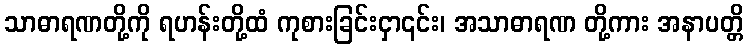
သာဓာရဏတို့ကို ရဟန်းတို့ထံ ကုစားခြင်းငှာ၎င်း၊ အသာဓာရဏ တို့ကား အနာပတ္တိ